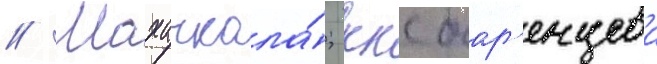
// Махачкала́; ккс бар'енцева